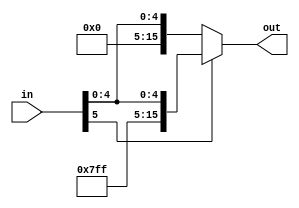
// Spring 2017, Computer Architecture

module sign_extend(in, out);
  input [5:0] in;
  output [15:0] out;
  wire [9:0] sgn;
  assign out = (in[5] == 1'b0) ? {10'b0, in} : {10'b1111111111, in};
endmodule